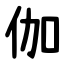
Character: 伽